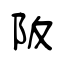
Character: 阪